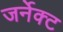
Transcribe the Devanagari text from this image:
जर्नेक्ट